Scottish Leaving Certificate Examination, 1953
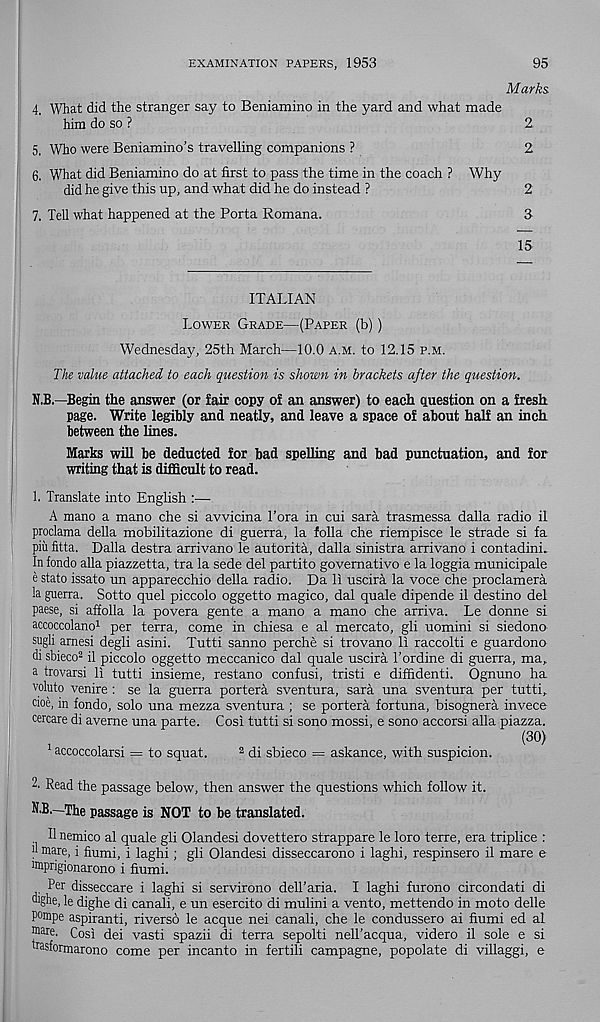
EXAMINATION PAPERS, 1953
95
Marks.
4. What did the stranger say to Beniamino in the yard and what made
him do so ?
2.
5. Who were Beniamino’s travelling companions ?
2
6. What did Beniamino do at first to pass the time in the coach ? Why
did he give this up, and what did he do instead ?
2
7. Tell what happened at the Porta Romana.
3
15
ITALIAN
Lower Grade—(Paper (b))
Wednesday, 25th March—10.0 a.m. to 12.15 p.m.
The value attached to each question is shown in brackets after the question.
N.B.—Begin the answer (or fair copy of an answer) to each question on a fresh
page. Write legibly and neatly, and leave a space of about half an incli
between the lines.
Marks will he deducted for bad spelling and bad punctuation, and for
writing that is difficult to read.
1. Translate into English :—
A mano a mano che si avvicina Tora in cui sara trasmessa dalla radio il
proclama della mobilitazione di guerra, la folia che riempisce le strade si fa
piii fitta. Dalla destra arrivano le autorita, dalla sinistra arrivano i contadinL
In fondo alia piazzetta, tra la sede del partito governativo e la loggia municipale
e state issato un apparecchio della radio. Da li uscira la voce che proclamera
la guerra. Sotto quel piccolo oggetto magico, dal quale dipende il destino del
paese, si affolla la povera gente a mano a mano che arriva. Le donne si
accoccolano 1 per terra, come in chiesa e al mercato, gli uomini si siedono
sugli amesi degli asini. Tutti sanno perche si trovano li raccolti e guardono
di sbieco 2 il piccolo oggetto meccanico dal quale uscira 1’ordine di guerra, ma,
a trovarsi li tutti insieme, restano confusi, tristi e diffidenti. Ognuno ha
voluto venire : se la guerra portera sventura, sara una sventura per tutti,
aoe, in fondo, solo una mezza sventura ; se portera fortuna, bisognera invece
cercare di aveme una parte. Cosi tutti si sono mossi, e sono accorsi alia piazza.
(30)
accoccolarsi = to squat.
2 di sbieco = askance, with suspicion.
2. Read the passage below, then answer the questions which follow it.
N.B.—The passage is NOT to be translated.
H nemico al quale gli Olandesi dovettero strappare le loro terre, era triplice :
n mare, i fuimi, i laghi; gli Olandesi disseccarono i laghi, respinsero il mare e
ffiiprigionarono i fiumi.
Per disseccare i laghi si servirono delTaria. I laghi furono circondati di
“ghe, le dighe di canali, e un esercito di mnlini a vento, mettendo in moto delle
pompe aspiranti, riverso le acque nei canali, che le condussero ai fiumi ed al
® are . Cosi dei vasti spazii di terra sepolti nell’acqua, videro il sole e si
trasfonnarono come per incanto in fertili campagne, popolate di villaggi, e